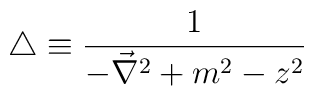
\triangle \equiv \frac{1}{-\vec{\nabla}^2 +m^2 -z^2}